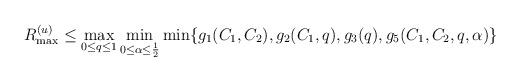
LaTeX: \begin{align*}R_{\max}^{(u)}&\leq\max_{0\leq q\leq 1}\min_{0\leq \alpha\leq \frac{1}{2}}\min\{g_1(C_1,C_2),g_2(C_1,q),g_3(q),g_5(C_1,C_2,q,\alpha)\}\end{align*}